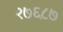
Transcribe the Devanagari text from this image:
२७६८७